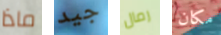
ماذا جيد رمال مكان